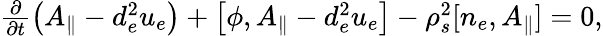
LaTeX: \begin{array}{r}{\frac{\partial}{\partial t}\left(A_{\parallel}-d_{e}^{2}u_{e}\right)+\left[\phi,A_{\parallel}-d_{e}^{2}u_{e}\right]-\rho_{s}^{2}[n_{e},A_{\parallel}]=0,}\end{array}